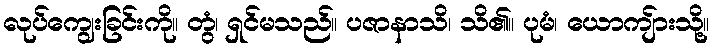
လုပ်ကျွေးခြင်းကို။ တွံ၊ ရှင်မသည်။ ပဇာနာသိ၊ သိ၏။ ပုမံ၊ ယောကျ်ားသို့။